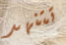
تتنهد